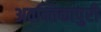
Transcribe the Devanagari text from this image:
अवन्तिकापुरी